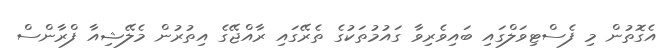
އެގޮތުން މި ފެސްޓިވަލްގައި ބައިވެރިވާ ގައުމުތަކުގެ ތެރޭގައި ރާއްޖޭގެ އިތުރުން މެލޭޝިއާ ފްރާންސް